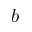
b